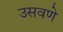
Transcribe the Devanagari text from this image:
उसवणे